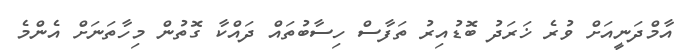
އާމްދަނީއަށް ވުރެ ޚަރަދު ބޮޑުއިރު ތަފާސް ހިސާބުތައް ދައްކާ ގޮތުން މިހާތަނަށް އެންމެ